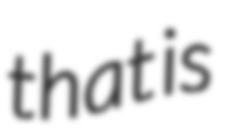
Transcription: that is